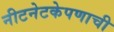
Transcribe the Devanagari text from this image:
नीटनेटकेपणाची